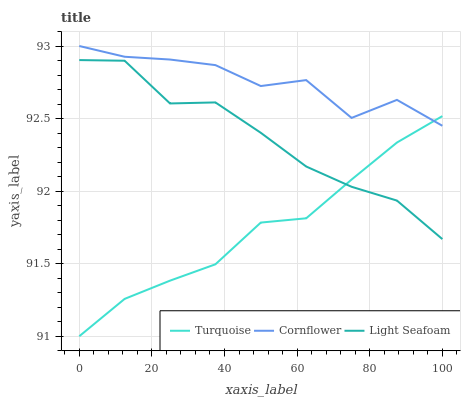
| xaxis_label | Turquoise | Cornflower | Light Seafoam |
 | --- | --- | --- | --- |
 | 0 | 91 | 93 | 92.9 |
 | 12.5 | 91.3 | 92.9 | 92.9 |
 | 25 | 91.4 | 92.9 | 92.6 |
 | 37.5 | 91.5 | 92.9 | 92.6 |
 | 50 | 91.8 | 92.7 | 92.4 |
 | 62.5 | 91.8 | 92.8 | 92.2 |
 | 75 | 92.1 | 92.5 | 92 |
 | 87.5 | 92.3 | 92.6 | 91.9 |
 | 100 | 92.5 | 92.5 | 91.7 |